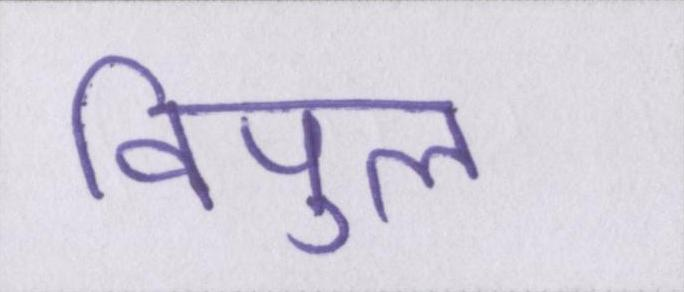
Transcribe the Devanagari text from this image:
विपुल